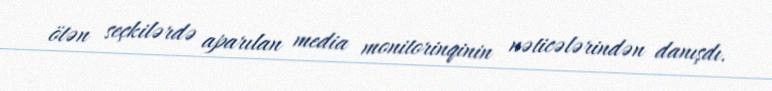
ötən seçkilərdə aparılan media monitorinqinin nəticələrindən danışdı.